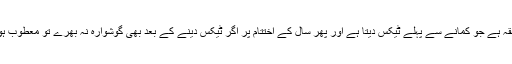
یہی طبقہ ہے جو کمانے سے پہلے ٹیکس دیتا ہے اور پھر سال کے اختتام پر اگر ٹیکس دینے کے بعد بھی گوشوارہ نہ بھرے تو معطوب ہوتا ہے۔